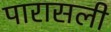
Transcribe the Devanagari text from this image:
पारासली